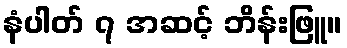
နံပါတ် ၇ အဆင့် ဘိန်းဖြူ။